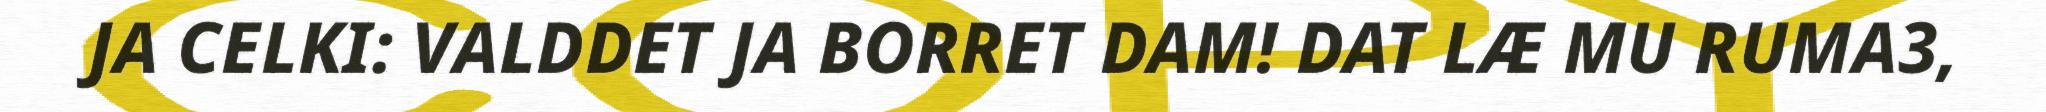
JA CELKI: VALDDET JA BORRET DAM! DAT LÆ MU RUMA3,